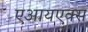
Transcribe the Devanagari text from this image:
एआयएक्स